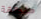
منطقة